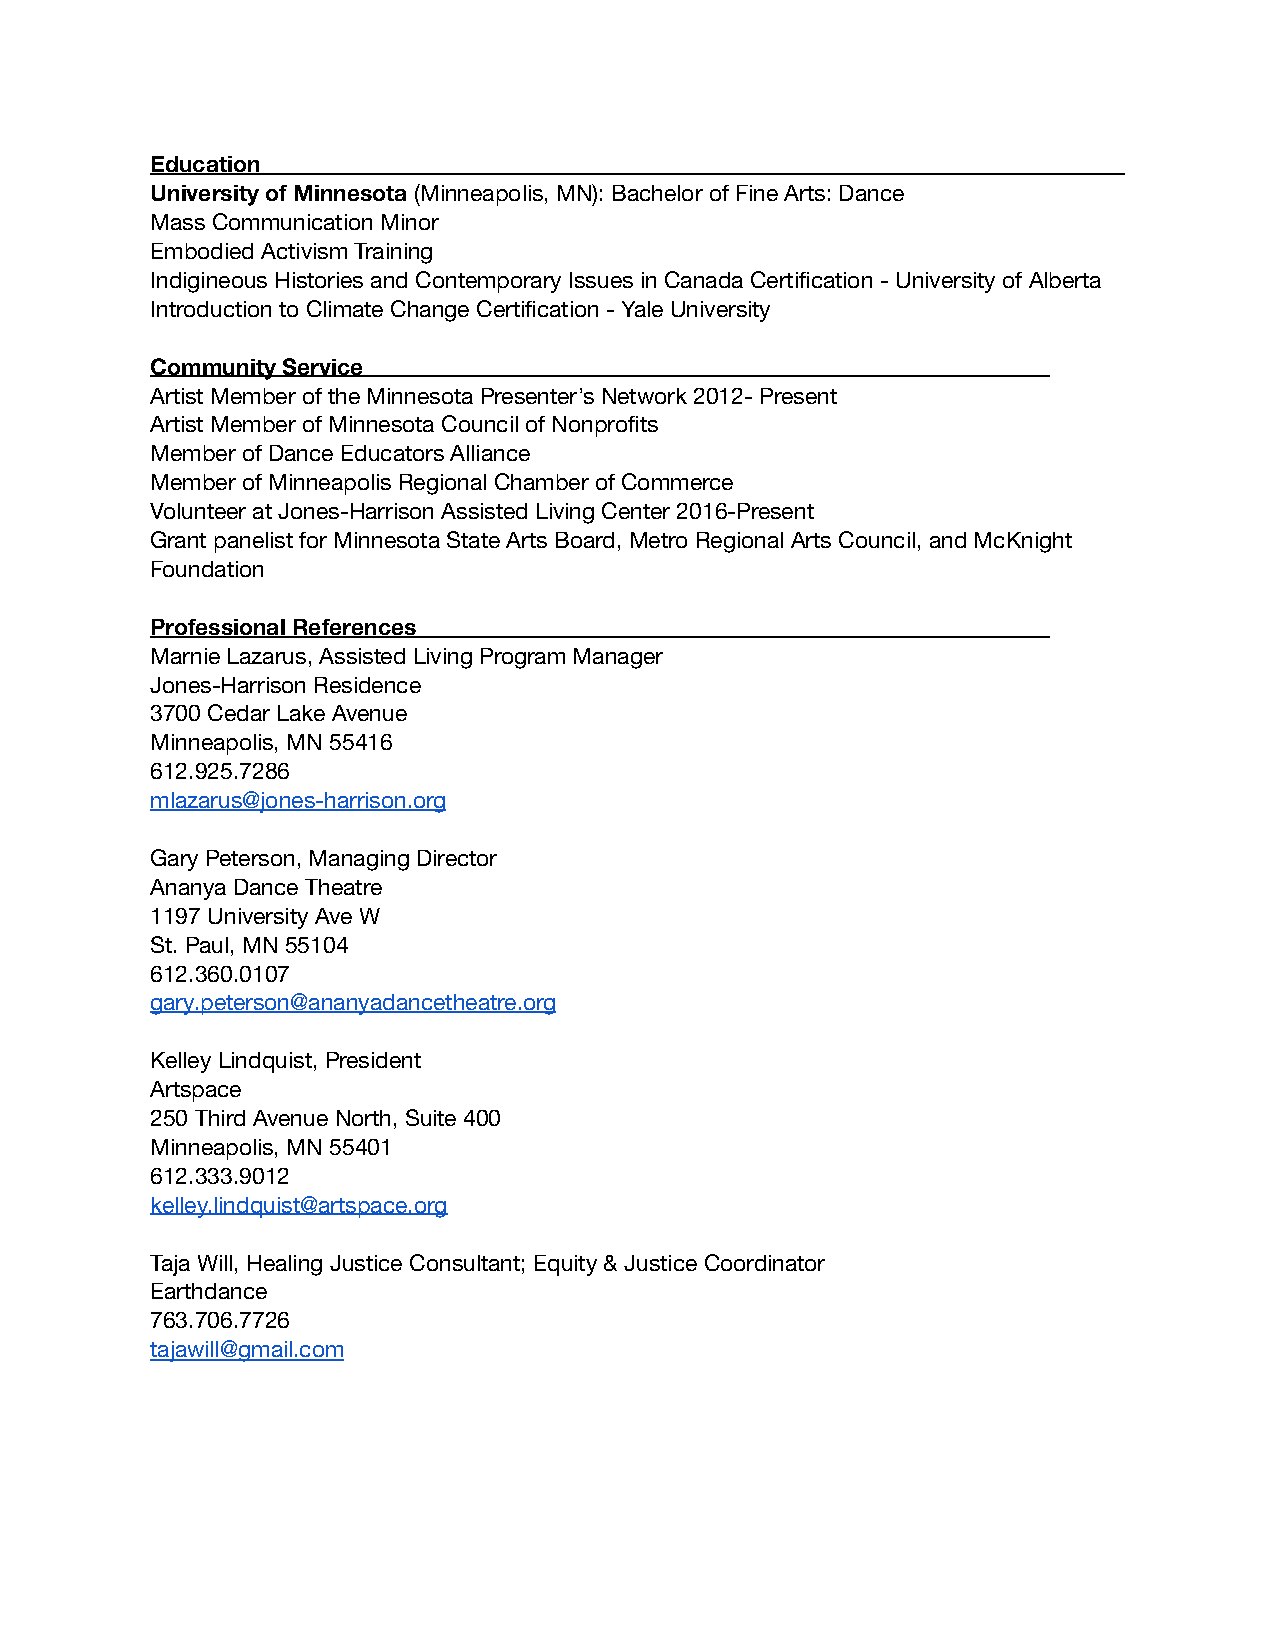
Education
 University of Minnesota (Minneapolis, MN): Bachelor of Fine Arts: Dance
 Mass Communication Minor
 Embodied Activism Training
 Indigineous Histories and Contemporary Issues in Canada Certification - University of Alberta
 Introduction to Climate Change Certification - Yale University
 Community Service
 Artist Member of the Minnesota Presenter’s Network 2012- Present
 Artist Member of Minnesota Council of Nonprofits
 Member of Dance Educators Alliance
 Member of Minneapolis Regional Chamber of Commerce
 Volunteer at Jones-Harrison Assisted Living Center 2016-Present
 Grant panelist for Minnesota State Arts Board, Metro Regional Arts Council, and McKnight
 Foundation
 Professional References
 Marnie Lazarus, Assisted Living Program Manager
 Jones-Harrison Residence
 3700 Cedar Lake Avenue
 Minneapolis, MN 55416
 612.925.7286
 mlazarus@jones-harrison.org
 Gary Peterson, Managing Director
 Ananya Dance Theatre
 1197 University Ave W
 St. Paul, MN 55104
 612.360.0107
 gary.peterson@ananyadancetheatre.org
 Kelley Lindquist, President
 Artspace
 250 Third Avenue North, Suite 400
 Minneapolis, MN 55401
 612.333.9012
 kelley.lindquist@artspace.org
 Taja Will, Healing Justice Consultant; Equity & Justice Coordinator
 Earthdance
 763.706.7726
 tajawill@gmail.com